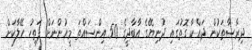
ދިރާސާތަކުން ދައްކާ ގޮތުގައި ދުނިޔޭގެ އާބާދީގެ 50 އިންސައްތަ މީހުންނަށް ފަތިހު ހޭލާކަށް